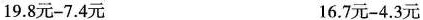
19.8元-7.4元 16.7元-4.3元